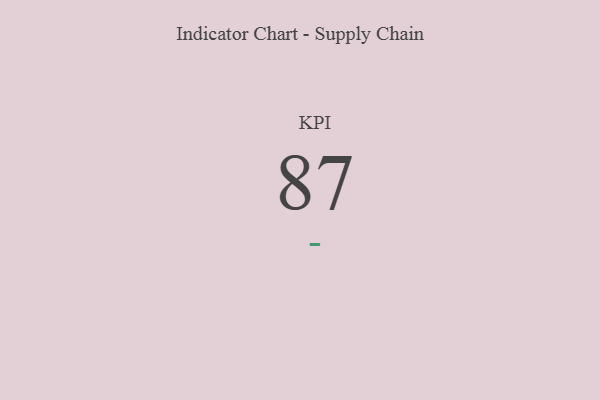
{"axis": {"x": "KPI", "y": "Value"}, "legend": [""], "data": [{"x": "KPI", "y": 87, "type": ""}]}